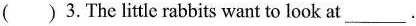
( )3.The little rabbits want to look at ___